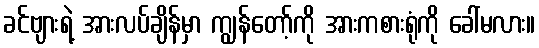
ခင်ဗျားရဲ့ အားလပ်ချိန်မှာ ကျွန်တော့်ကို အားကစားရုံကို ခေါ်မလား။